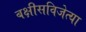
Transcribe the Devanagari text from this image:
बक्षीसविजेत्या